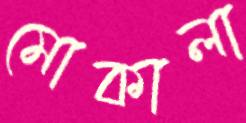
মোকালা